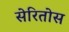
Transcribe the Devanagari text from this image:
सेरितोस